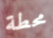
محطة